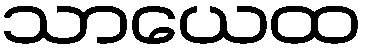
သာယေထ